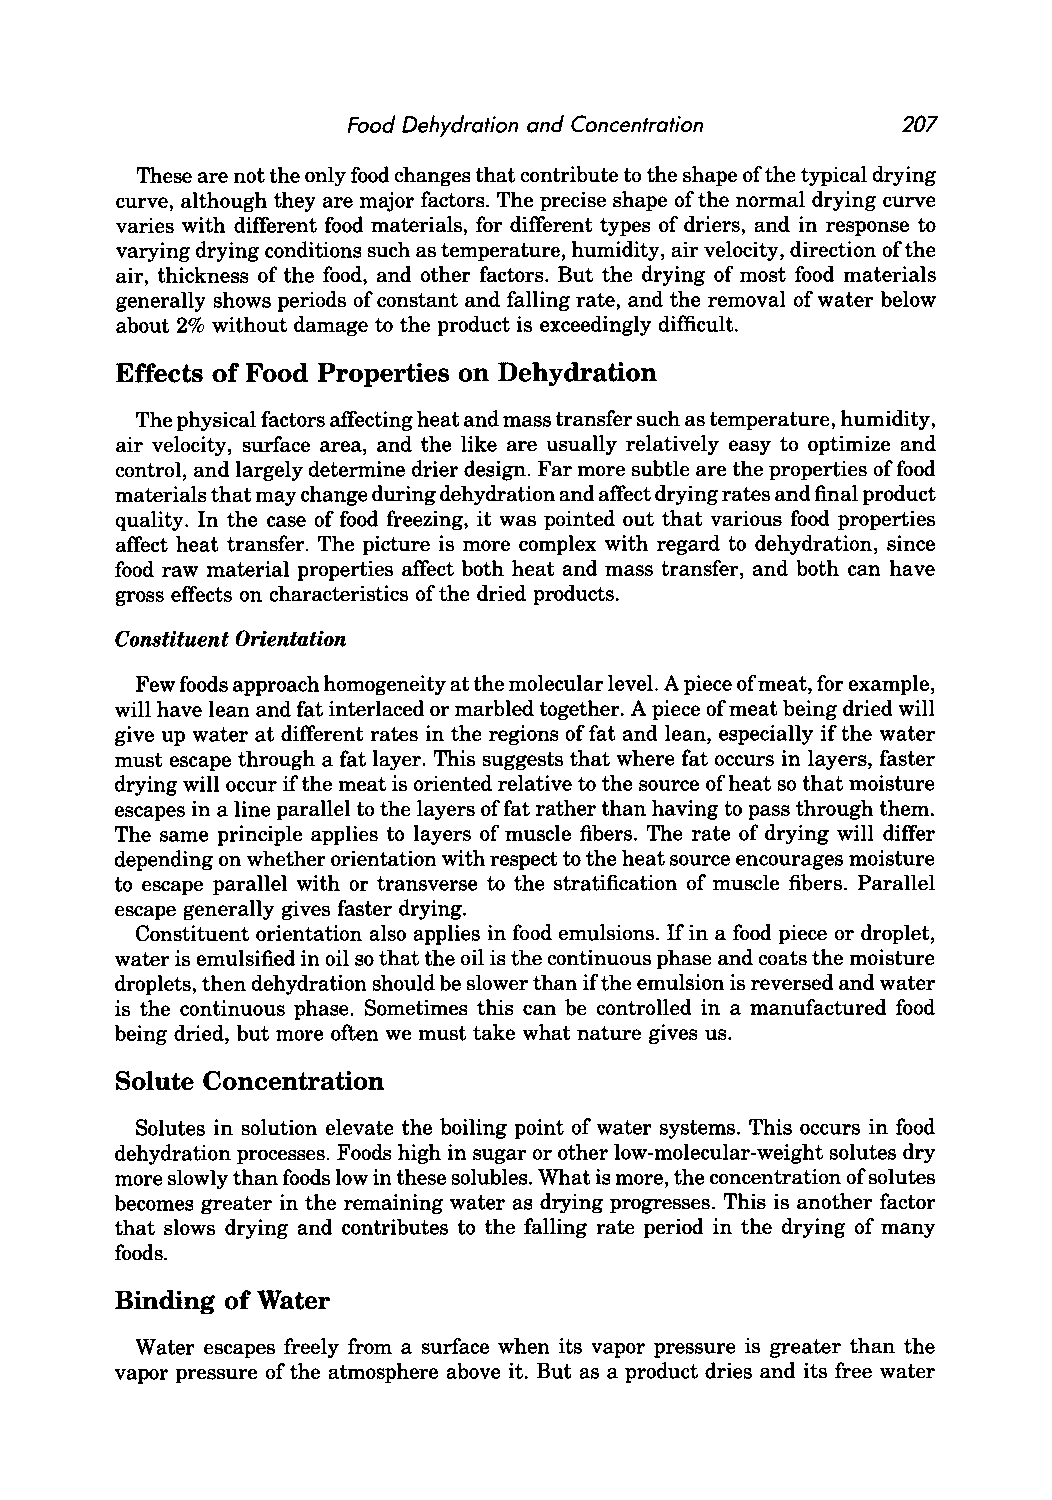
Food Dehydration and Concentration   207
 These are not the only food changes that contribute to the shape of the typical drying
 curve, although they are major factors. The precise shape of the normal drying curve
 varies with different food materials, for different types of driers, and in response to
 varying drying conditions such as temperature, humidity, air velocity, direction of the
 air, thickness of the food, and other factors. But the drying of most food materials
 generally shows periods of constant and falling rate, and the removal of water below
 about 2% without damage to the product is exceedingly difficult.
 Effects of Food Properties on Dehydration
 The physical factors affecting heat and mass transfer such as temperature, humidity,
 air velocity, surface area, and the like are usually relatively easy to optimize and
 control, and largely determine drier design. Far more subtle are the properties of food
 materials that may change during dehydration and affect drying rates and final product
 quality. In the case of food freezing, it was pointed out that various food properties
 affect heat transfer. The picture is more complex with regard to dehydration, since
 food raw material properties affect both heat and mass transfer, and both can have
 gross effects on characteristics of the dried products.
 Constituent Orientation
 Few foods approach homogeneity at the molecular level. A piece of meat, for example,
 will have lean and fat interlaced or marbled together. A piece of meat being dried will
 give up water at different rates in the regions of fat and lean, especially if the water
 must escape through a fat layer. This suggests that where fat occurs in layers, faster
 drying will occur if the meat is oriented relative to the source of heat so that moisture
 escapes in a line parallel to the layers of fat rather than having to pass through them.
 The same principle applies to layers of muscle fibers. The rate of drying will differ
 depending on whether orientation with respect to the heat source encourages moisture
 to escape parallel with or transverse to the stratification of muscle fibers. Parallel
 escape generally gives faster drying.
 Constituent orientation also applies in food emulsions. If in a food piece or droplet,
 water is emulsified in oil so that the oil is the continuous phase and coats the moisture
 droplets, then dehydration should be slower than if the emulsion is reversed and water
 is the continuous phase. Sometimes this can be controlled in a manufactured food
 being dried, but more often we must take what nature gives us.
 Solute Concentration
 Solutes in solution elevate the boiling point of water systems. This occurs in food
 dehydration processes. Foods high in sugar or other low-molecular-weight solutes dry
 more slowly than foods low in these solubles. What is more, the concentration of solutes
 becomes greater in the remaining water as drying progresses. This is another factor
 that slows drying and contributes to the falling rate period in the drying of many
 foods.
 Binding of Water
 Water escapes freely from a surface when its vapor pressure is greater than the
 vapor pressure of the atmosphere above it. But as a product dries and its free water